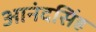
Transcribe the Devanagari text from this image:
आनंदसिंह